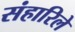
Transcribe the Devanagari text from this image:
संहारिले